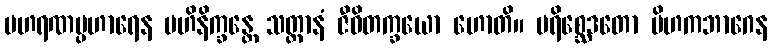
ပဟရဏပ္ပဟာရေန ဗဟိနိက္ခန္တေ သတ္တာနံ ဇီဝိတက္ခယော ဟောတိ။ ပရိစ္ဆေဒတော ပိဟကဘာဂေန